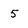
Character: 5